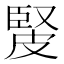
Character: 𤿳